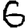
Digit: 6